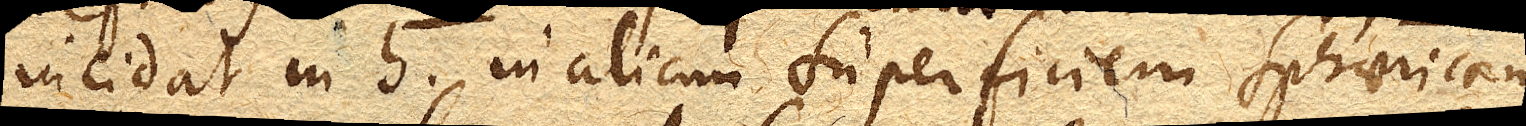
incidat in h. in aliam superficiem sphaericam